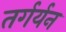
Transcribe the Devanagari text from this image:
तर्गर्यन